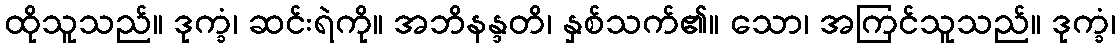
ထိုသူသည်။ ဒုက္ခံ၊ ဆင်းရဲကို။ အဘိနန္ဒတိ၊ နှစ်သက်၏။ သော၊ အကြင်သူသည်။ ဒုက္ခံ၊